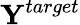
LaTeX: {\mathbf Y}^{target}